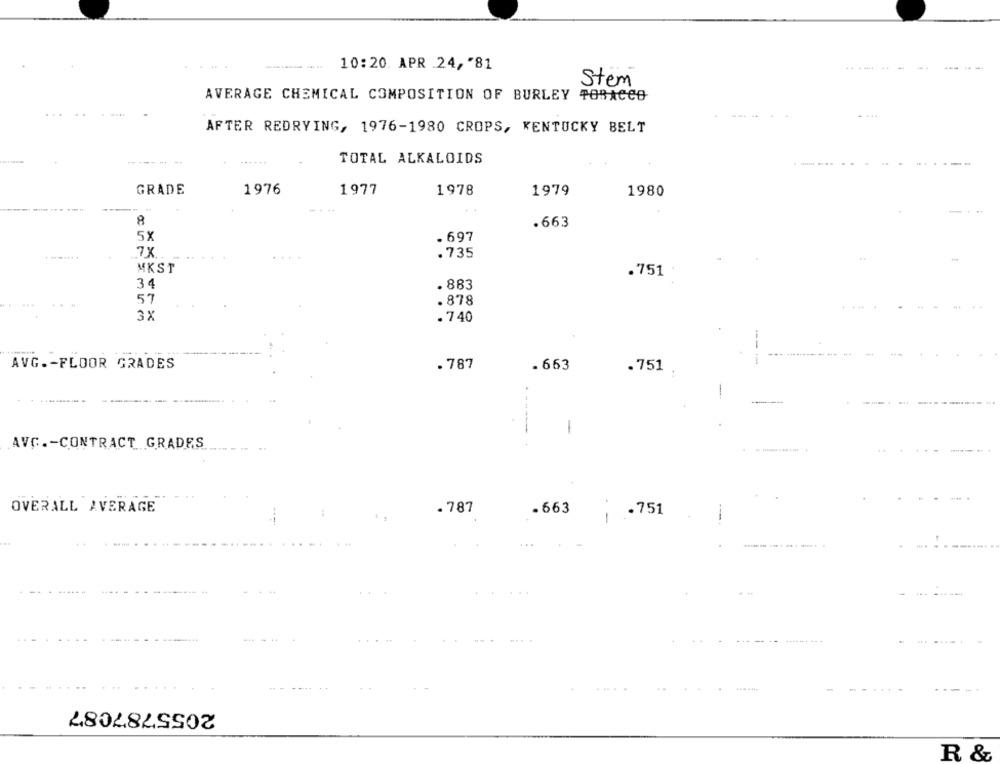
...
------
10:20. APR .24, "81
....... ..
--- --
Stem
AVERAGE CHEMICAL COMPOSITION OF BURLEY TOBACCO
....
AFTER REDRYING, 1976-1980 CROPS, KENTUCKY BELT
------ -
TOTAL ALKALOIDS
GRADE
1976
1977
1978
1979
1980
-
.663
5X
. 697
7X
. 735
MKST
.751 "
34
. 883
57
.878
3X
.740
AVG .- FLOOR GRADES
. 787
. 663
.751
----
..
--
-
AVC .- CONTRACT GRADES
OVERALL AVERAGE
. 787
.663
.751
-
...
2055787087
R &